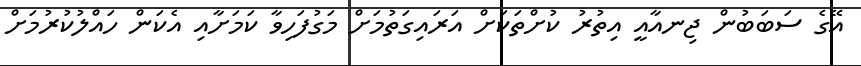
އޭގެ ސަބަބުން ޖިނއާއީ އިތުރު ކުށްތަކަށް އަރައިގަތުމަށް މަގުފަހިވާ ކަމަށާއި އެކަން ހައްލުކުރުމަށް